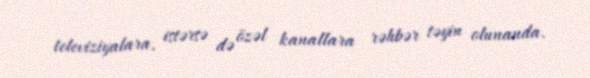
televiziyalara, istərsə də özəl kanallara rəhbər təyin olunanda.